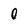
Character: 0